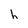
Character: h